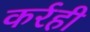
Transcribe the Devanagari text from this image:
कर्रही